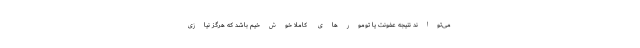
می‌تواند نتیجه عفونت یا تومورهای کاملاً خوش‌خیم باشد که هرگز نیازی